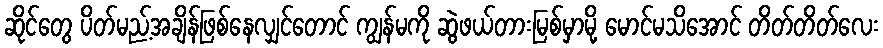
ဆိုင်တွေ ပိတ်မည့်အချိန်ဖြစ်နေလျှင်တောင် ကျွန်မကို ဆွဲဖယ်တားမြစ်မှာမို့ မောင်မသိအောင် တိတ်တိတ်လေး